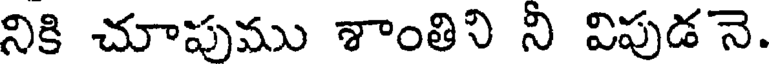
నికి చూపుము శాంతిని ని విపుడనె.